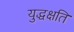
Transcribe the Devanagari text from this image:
युद्धक्षति